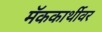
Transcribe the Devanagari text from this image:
मॅककार्थीवर